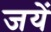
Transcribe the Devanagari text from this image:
जयें